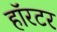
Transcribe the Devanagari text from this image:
हॉरटर